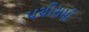
પચીસમી